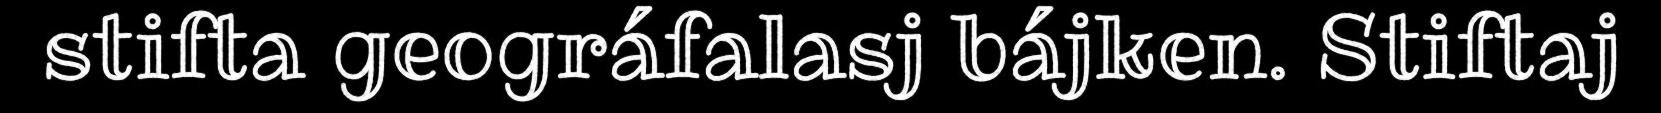
stifta geográfalasj bájken. Stiftaj